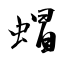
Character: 蝐